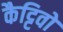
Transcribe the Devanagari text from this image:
कैट्टिवो